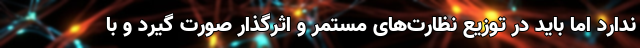
ندارد اما باید در توزیع نظارت‌های مستمر و اثرگذار صورت گیرد و با